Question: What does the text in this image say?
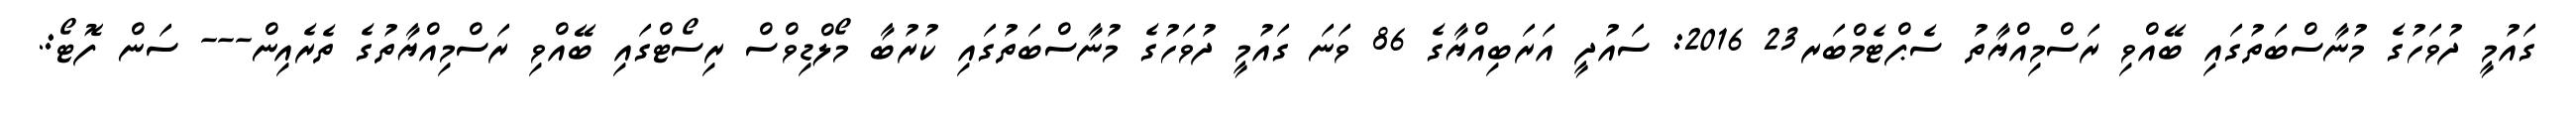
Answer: ގައުމީ ދުވަހުގެ މުނާސްބަތުގައި ބޭއްވި ރަސްމިއްޔާތު ސެޕްޓެމްބަރ23 2016: ސައުދީ އަރަބިއްޔާގެ 86 ވަނަ ގައުމީ ދުވަހުގެ މުނާސްބަތުގައި ކުރުބާ މޯލްޑިވްސް ރިސޯޓްގައި ބޭއްވި ރަސްމިއްޔާތުގެ ތެރެއިން--- ސަން ފޮޓޯ:.